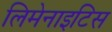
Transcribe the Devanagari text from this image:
लिमेनाइटिस